画像に写った文字を読んでください
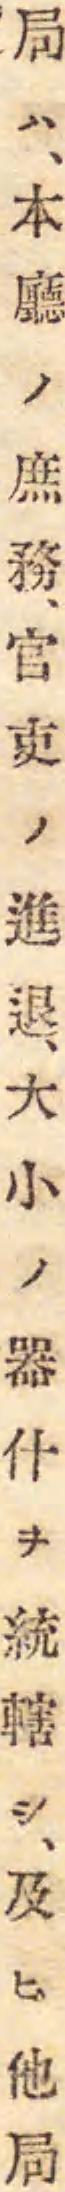
「局ハ、本廳ノ庶務、官吏ノ進退、大小ノ器什ヲ統轄シ、及ヒ他局」と書いてあります